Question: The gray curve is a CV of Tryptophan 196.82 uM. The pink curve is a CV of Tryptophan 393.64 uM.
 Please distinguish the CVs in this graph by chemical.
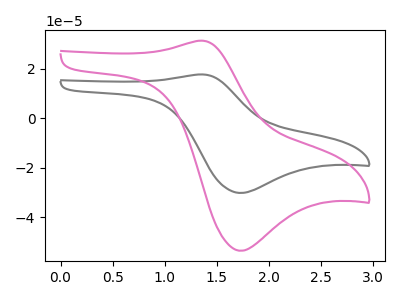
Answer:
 <answer>The gray curve is labeled "Tryptophan 196.82 uM". The pink curve is labeled "Tryptophan 393.64 uM".</answer>
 <eval></eval>